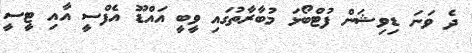
ދެ ވަނަ ޑިވިޝަން ފުޓްބޯޅަ މުބާރާތުގައި ވީބީ އައްޑޫ އެފްސީ އާއި ޓީސީ